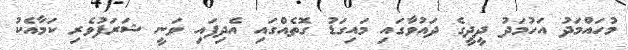
މުހައްމަދު އަހުމަދު ދީދީގެ ދައުވާގައި މައިގަޑު ގޮތެއްގައި އެދިފައި ވަނީ ޝަރަފުވެރި ކަމާއެކު